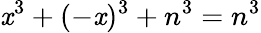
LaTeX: \mathit{x}^{3}+(-\mathit{x})^{3}+n^{3}=n^{3}